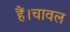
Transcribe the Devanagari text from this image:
हैं।चावल